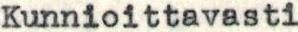
Kunnioittavasti